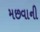
મછવાની